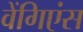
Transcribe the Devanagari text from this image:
वेंगिएंस